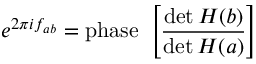
e ^ { 2 \pi i f _ { a b } } = \mathrm { p h a s e ~ } \left[ \frac { \operatorname * { d e t } H ( b ) } { \operatorname * { d e t } H ( a ) } \right]